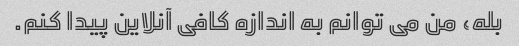
بله، من می توانم به اندازه کافی آنلاین پیدا کنم.